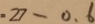
= 2 7 - 0 . 6